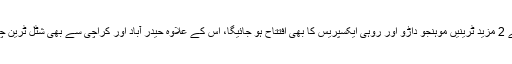
شیخ رشید نے کہا کہ آئندہ 16 اکتوبر سے 2 مزید ٹرینیں موہنجو داڑو اور روہی ایکسپریس کا بھی افتتاح ہو جائیگا، اس کے علاوہ حیدر آباد اور کراچی سے بھی شٹل ٹرین چلانے کے بارے میں بھی سوچ رہے ہیں۔